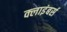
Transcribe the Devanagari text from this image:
क्लाइंबर्स